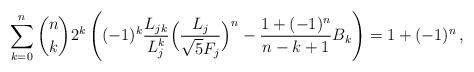
\begin{align*}\sum_{k=0}^{n}\binom{n}{k}2^k\left((-1)^k\frac{L_{jk}}{L^k_j}\Bigl(\frac{L_j}{\sqrt5F_j}\Bigr)^n-\frac{1+(-1)^n}{n-k+1}B_k\right) = 1+(-1)^n\,,\end{align*}